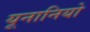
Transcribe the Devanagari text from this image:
यूनानियो